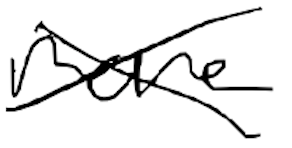
Text: more
Cross-out: cross
Writing tool: digital_black